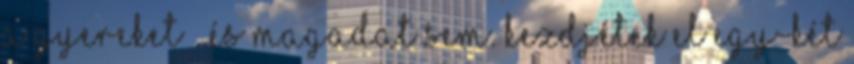
a gyereket – és magadat sem. Kezdjétek el egy-két